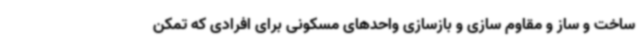
ساخت و ساز و مقاوم سازی و بازسازی واحدهای مسکونی برای افرادی که تمکن